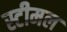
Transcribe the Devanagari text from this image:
स्टीमल